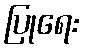
ပြုရေး